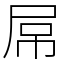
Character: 屌